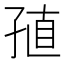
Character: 𡥰